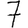
Digit: 7